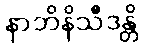
နာဘိနိသီဒန္တိ